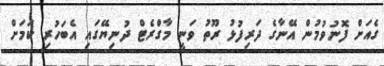
ގެއަށް ފޮނުވުމުން އޭނާގެ ދަރިފުޅު ރޫތު ވަނީ މާގްރެޓް ދުނިޔޭގައި އެބަހުރި ކަމަށް